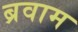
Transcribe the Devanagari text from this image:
ब्रवाम